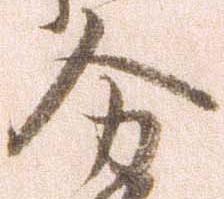
分